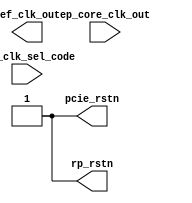
`timescale 1 ps / 1 ps
//-----------------------------------------------------------------------------
// Title         : PCI Express PIPE PHY connector
// Project       : PCI Express MegaCore function
//-----------------------------------------------------------------------------
//-----------------------------------------------------------------------------
// Description :
// This function interconnects two PIPE MAC interfaces for a single lane.
// For now this uses a common PCLK for both interfaces, an enhancement woudl be
// to support separate PCLK's for each interface with the requisite elastic
// buffer.
//-----------------------------------------------------------------------------
// Copyright (c) 2005 Altera Corporation. All rights reserved.  Altera products are
// protected under numerous U.S. and foreign patents, maskwork rights, copyrights and
// other intellectual property laws.
//
// This reference design file, and your use thereof, is subject to and governed by
// the terms and conditions of the applicable Altera Reference Design License Agreement.
// By using this reference design file, you indicate your acceptance of such terms and
// conditions between you and Altera Corporation.  In the event that you do not agree with
// such terms and conditions, you may not use the reference design file. Please promptly
// destroy any copies you have made.
//
// This reference design file being provided on an "as-is" basis and as an accommodation
// and therefore all warranties, representations or guarantees of any kind
// (whether express, implied or statutory) including, without limitation, warranties of
// merchantability, non-infringement, or fitness for a particular purpose, are
// specifically disclaimed.  By making this reference design file available, Altera
// expressly does not recommend, suggest or require that this reference design file be
// used in combination with any other product not provided by Altera.
//-----------------------------------------------------------------------------
module altpcietb_rst_clk (
           ref_clk_sel_code,
           ref_clk_out,
           pcie_rstn,
           ep_core_clk_out,
           rp_rstn
);

input [3:0] ref_clk_sel_code;

output       ref_clk_out;
output     pcie_rstn;
output     rp_rstn;
input      ep_core_clk_out;

integer   half_period;
reg     ref_clk_out;
reg     pcie_rstn;
reg     rp_rstn;

integer   core_clk_out_period;
integer   core_clk_cnt = 0;
integer   refclk_cnt = 0;
always @(ref_clk_sel_code)
  case (ref_clk_sel_code)
  4'h0: half_period = 5000;
  4'h1: half_period = 4000;
  4'h2: half_period = 3200;
  4'h3: half_period = 2000;
  default: half_period = 5000;
  endcase

  always
    #half_period  ref_clk_out <= ~ref_clk_out;

always @(posedge ref_clk_out)
  begin
  if (rp_rstn == 0)
    refclk_cnt <= 0;
  else
    refclk_cnt <= refclk_cnt + 1;

  if ((refclk_cnt == 200) & (core_clk_cnt > 10))
    $display("INFO: Core Clk Frequency: %5.2f Mhz",1000000/(half_period*2*200/core_clk_cnt));
  end


always @(posedge ep_core_clk_out)
  if (rp_rstn == 0)
    core_clk_cnt <= 0;
  else
    core_clk_cnt <= core_clk_cnt + 1;



  initial
    begin
      pcie_rstn         = 1'b1;
      rp_rstn           = 1'b0;
      ref_clk_out       = 1'b0;
      #1000
      pcie_rstn         = 1'b0;
      rp_rstn           = 1'b1;
      #1000
      rp_rstn           = 1'b0;
      #1000
      rp_rstn           = 1'b1;
      #1000
      rp_rstn           = 1'b0;
      #200000 pcie_rstn = 1'b1;
      #100000 rp_rstn   = 1'b1;
    end

endmodule